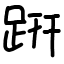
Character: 趼